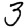
Digit: 3